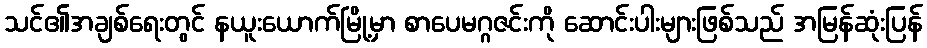
သင်၏အချစ်ရေးတွင် နယူးယောက်မြို့မှာ စာပေမဂ္ဂဇင်းကို ဆောင်းပါးများဖြစ်သည် အမြန်ဆုံးပြန်